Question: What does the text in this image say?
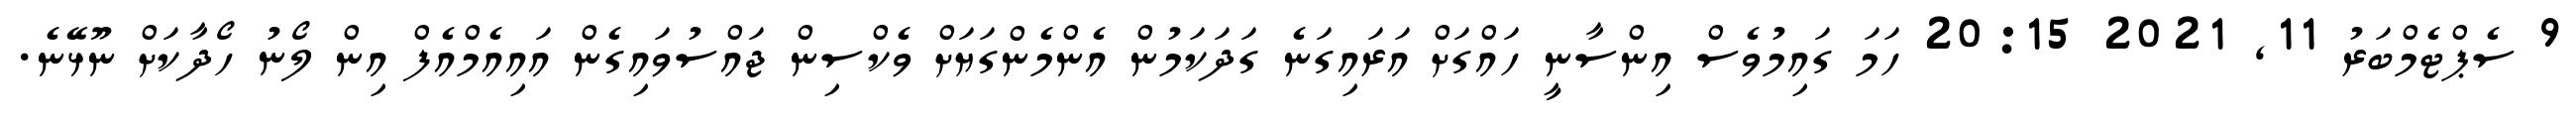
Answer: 9 ސެޕްޓެމްބަރު 11, 2021 20:15 ހަމަ ގައިމުވެސް އިންސާނީ ހައްގަށް އަރައިގަނެ ގަދަކަމުން އެންމެންގަޔަށް ވެކްސިން ޖައްސުވައިގެން އައިއެމްއެފް އިން ލޯނު ހޯދާކަށް ނޫޅޭނެ.